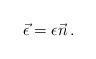
LaTeX: \begin{align*}\vec{\epsilon} = {\epsilon} \vec{n}\, .\end{align*}